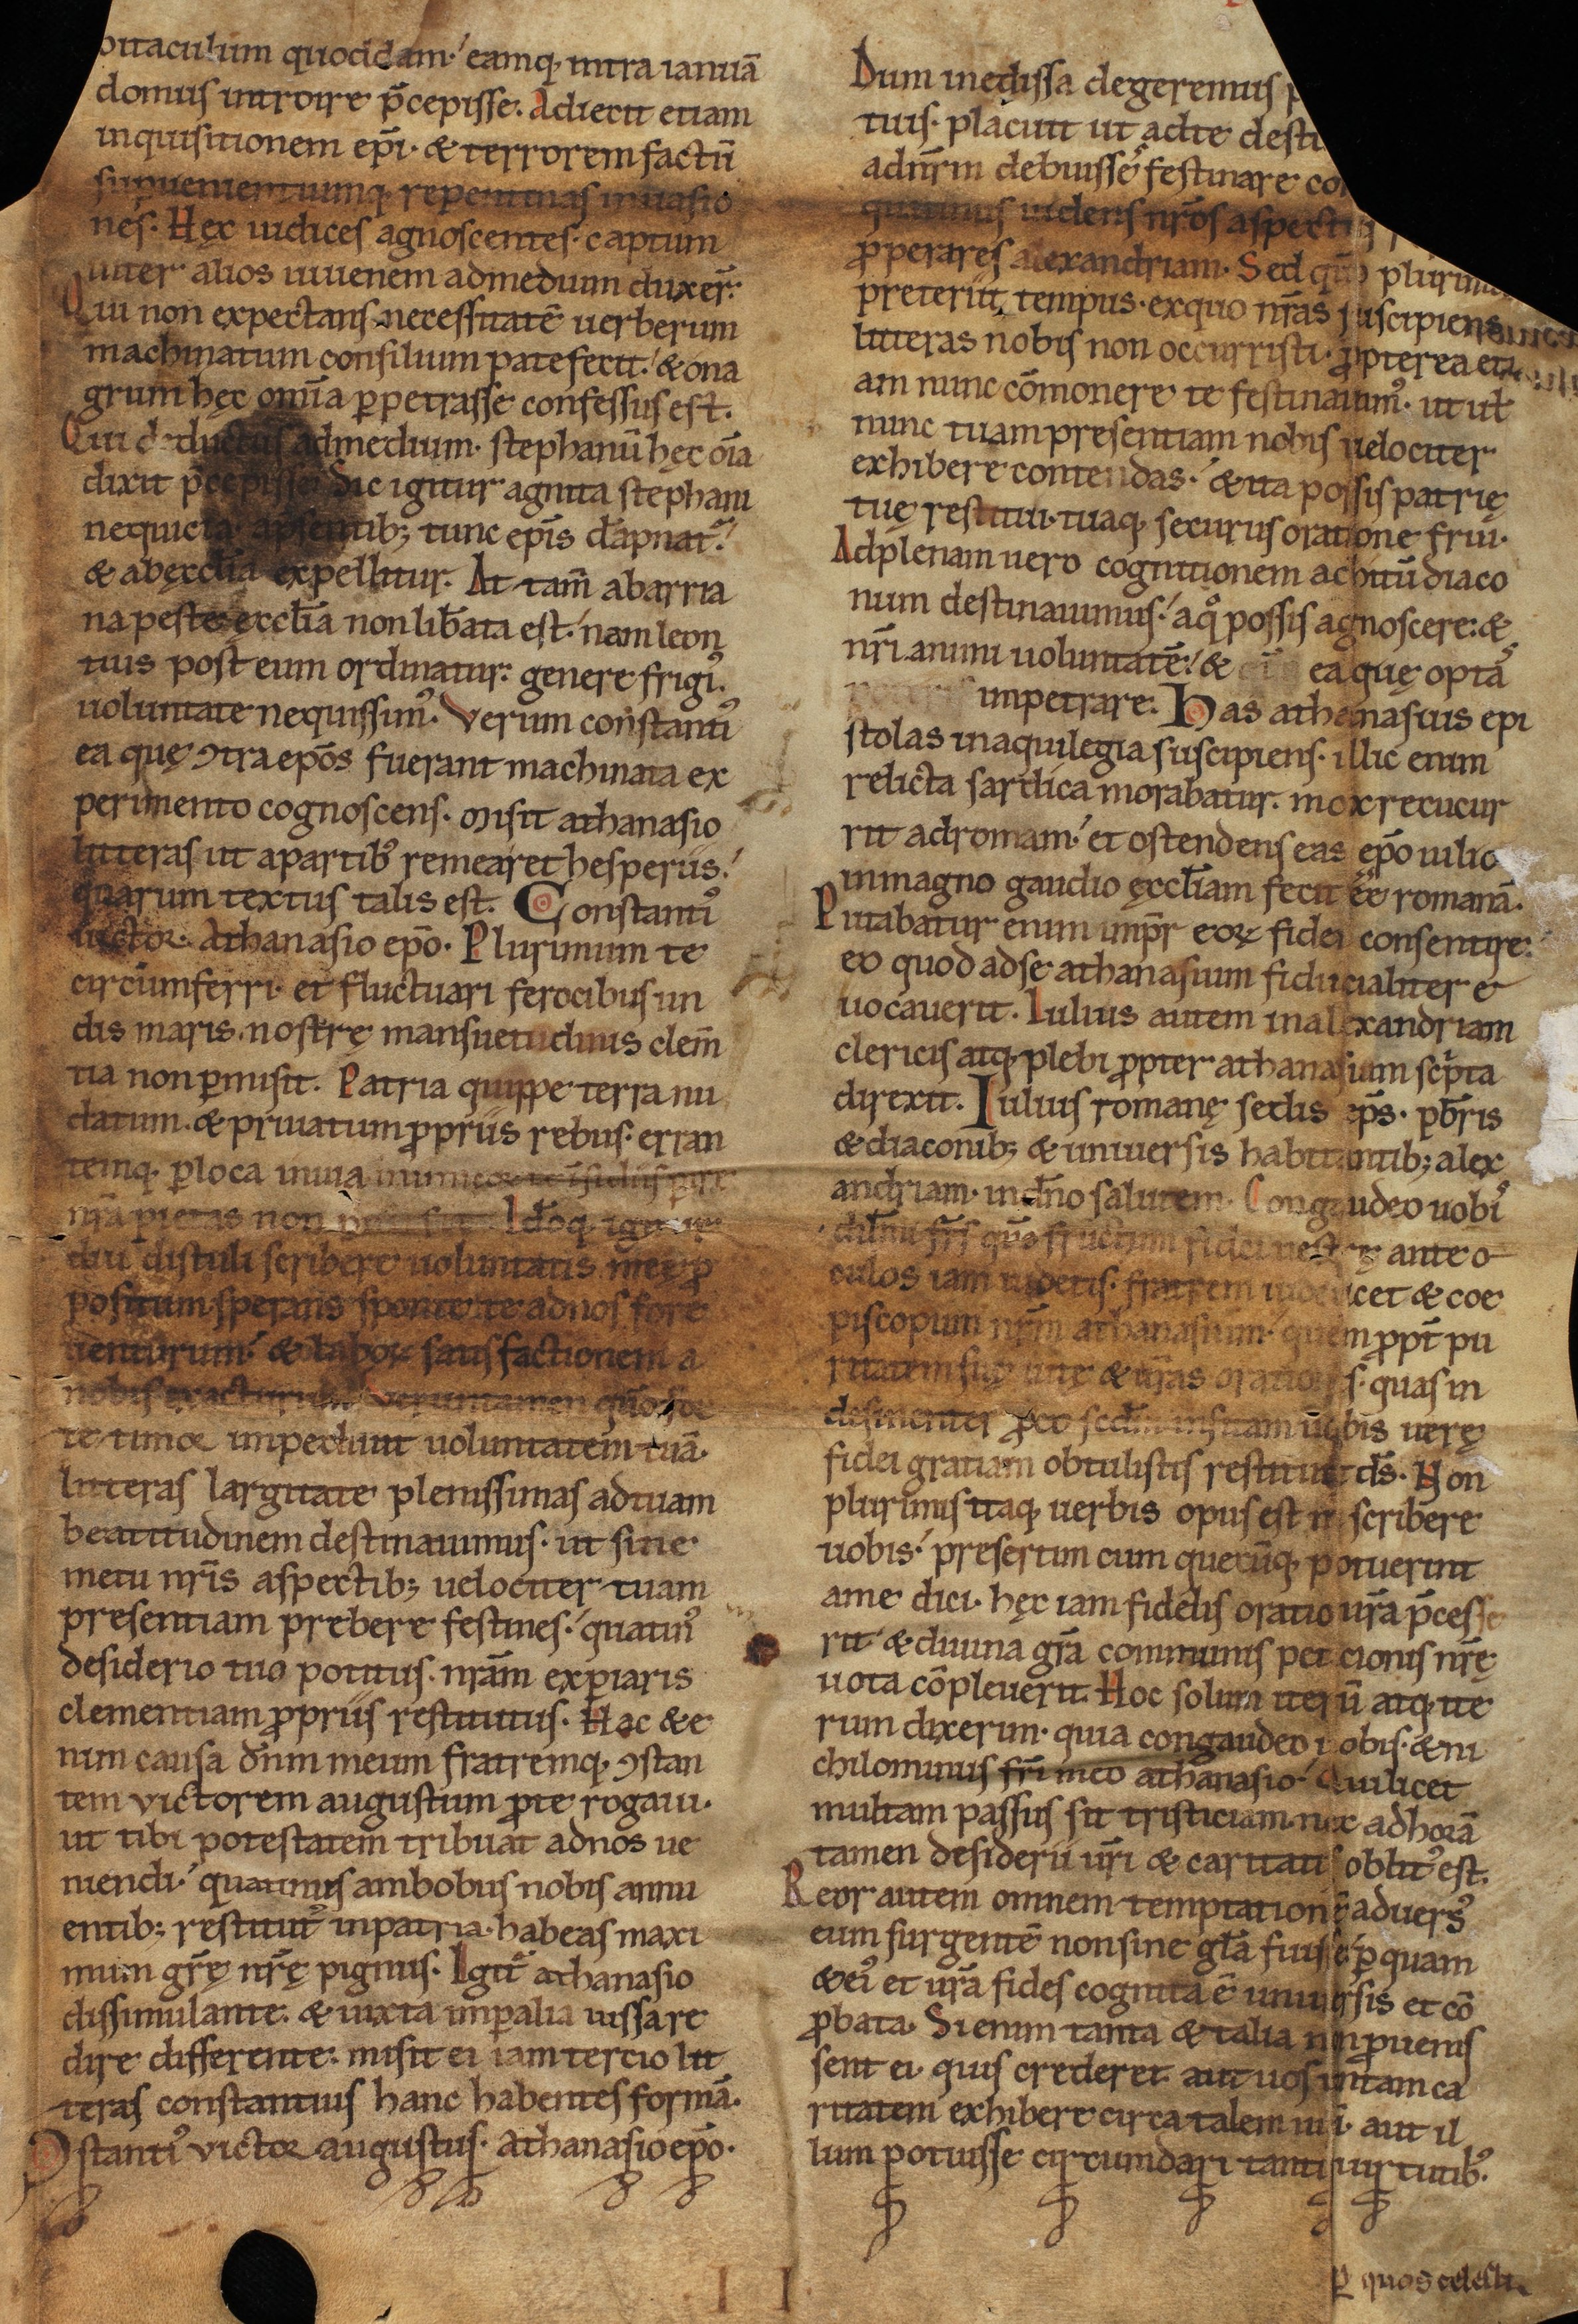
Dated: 1140–1170